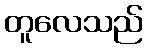
တူလေသည်